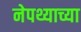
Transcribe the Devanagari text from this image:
नेपथ्याच्या